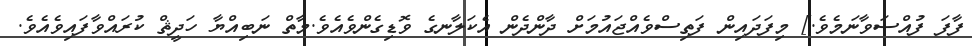
ފާފަ ފުއްސަވާނަމެވެ.] މިފަދައިން ފަތިސްވެއްޖައުމަށް ދާންދެން އެކަލާނގެ ވޮޑިގެންވެއެވެ.މާތް ނަބިއްޔާ ހަދީޘް ކުރައްވާފައިވެއެވެ.